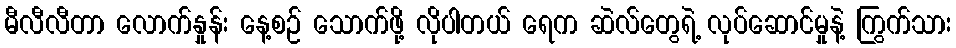
မီလီလီတာ လောက်နှုန်း နေ့စဉ် သောက်ဖို့ လိုပါတယ် ရေက ဆဲလ်တွေရဲ့ လုပ်ဆောင်မှုနဲ့ ကြွက်သား